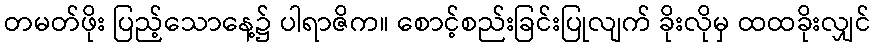
တမတ်ဖိုး ပြည့်သောနေ့၌ ပါရာဇိက။ စောင့်စည်းခြင်းပြုလျက် ခိုးလိုမှ ထထခိုးလျှင်